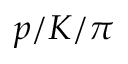
p / K / \pi